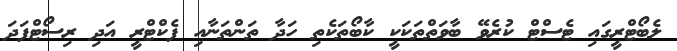
ލެބޯޓްރީގައި ޓެސްޓް ކުރެވޭ ބާވަތްތަކަކީ ކާބޯތަކެތި ހަދާ ތަންތަނާއި ފެކްޓްރީ އަދި ރިސޯޓްފަދަ